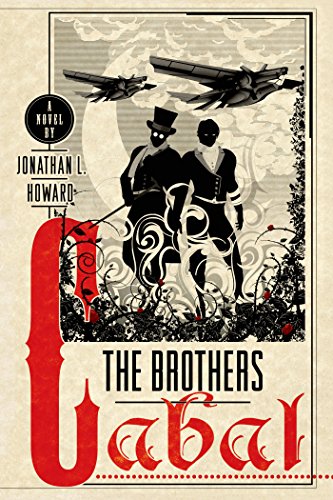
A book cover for The Brothers Cabal (Johannes Cabal Novels); Jonathan L. Howard; Science Fiction & Fantasy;